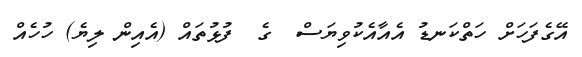
އޭގެފަހަށް ހަތްކަނޑު އެއާއެކުވިޔަސް  ގެ  ފުޅުތައް (އެއިން ލިޔެ) ހުހެއް